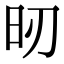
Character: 𣅉